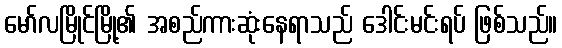
မော်လမြိုင်မြို့၏ အစည်ကားဆုံးနေရာသည် ဒေါင်းမင်းရပ် ဖြစ်သည်။